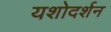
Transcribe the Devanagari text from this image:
यशोदर्शन